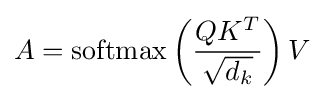
A={\text{softmax}}\left({\frac {QK^{T}}{\sqrt {d_{k}}}}\right)V